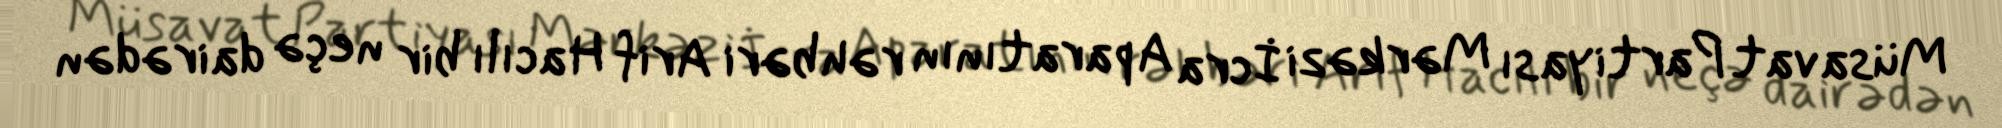
Müsavat Partiyası Mərkəzi İcra Aparatının rəhbəri Arif Hacılı bir neçə dairədən